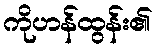
ကိုဟန်ထွန်း၏